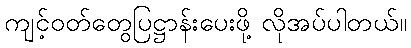
ကျင့်ဝတ်တွေပြဋ္ဌာန်းပေးဖို့ လိုအပ်ပါတယ်။